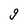
Character: g